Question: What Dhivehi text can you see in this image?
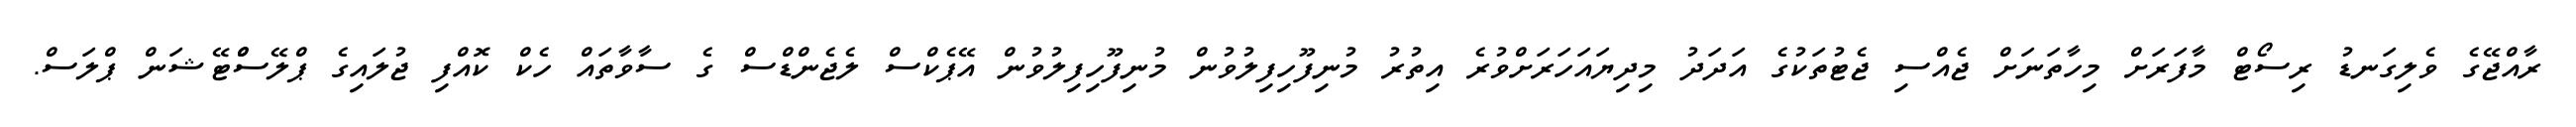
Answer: ރާއްޖޭގެ ވެލިގަނޑު ރިސޯޓް މާފަރަށް މިހާތަނަށް ޖެއްސި ޖެޓުތަކުގެ އަދަދު މިދިޔައަހަރަށްވުރެ އިތުރު މުނިފޫހިފިލުވުން މުނިފޫހިފިލުވުން އޭޕެކްސް ލެޖެންޑްސް ގެ ސާވާތައް ހެކް ކޮއްފި ޖުލައިގެ ޕްލޭސްްޓޭޝަން ޕްލަސް.